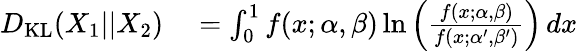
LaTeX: \begin{array}{rl}{D_{\mathrm{KL}}(X_{1}||X_{2})}&{{}=\int_{0}^{1}f(x;\alpha,\beta)\ln\left({\frac{f(x;\alpha,\beta)}{f(x;\alpha^{\prime},\beta^{\prime})}}\right)\, dx}\end{array}